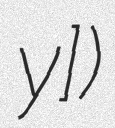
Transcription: ʁy])